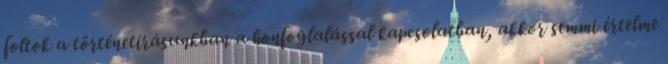
foltok a történetírásunkban a honfoglalással kapcsolatban, akkor semmi értelme